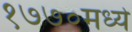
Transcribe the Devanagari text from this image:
१७७०मध्ये